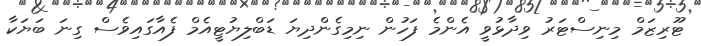
ޓޫރިޒަމް މިނިސްޓަރު ވިދާޅުވީ އެންމެ ފަހުން ނިމިގެންދިޔަ ޑަބްލިޔުޓީއެމް ފެއާގައިވެސް ގިނަ ބަޔަކާ